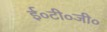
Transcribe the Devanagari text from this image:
ई०टी०जी०